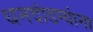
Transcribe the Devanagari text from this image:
धनदांडग्यांना